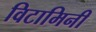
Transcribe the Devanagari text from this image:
विटामिनी